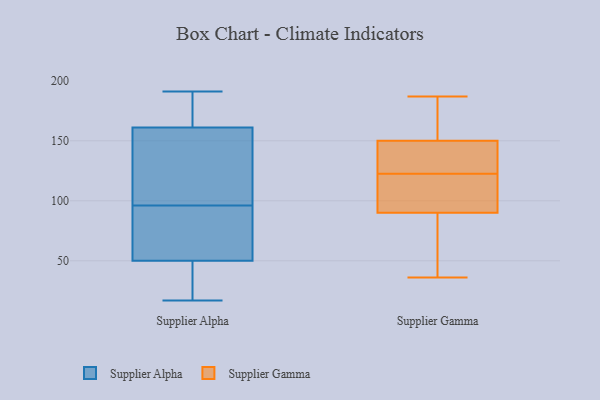
{"axis": {"x": "Shipments", "y": "Value"}, "legend": ["Supplier Alpha", "Supplier Gamma"], "data": [{"x": "", "y": 185, "type": "Supplier Alpha"}, {"x": "", "y": 49, "type": "Supplier Alpha"}, {"x": "", "y": 18, "type": "Supplier Alpha"}, {"x": "", "y": 155, "type": "Supplier Alpha"}, {"x": "", "y": 51, "type": "Supplier Alpha"}, {"x": "", "y": 69, "type": "Supplier Alpha"}, {"x": "", "y": 68, "type": "Supplier Alpha"}, {"x": "", "y": 75, "type": "Supplier Alpha"}, {"x": "", "y": 175, "type": "Supplier Alpha"}, {"x": "", "y": 167, "type": "Supplier Alpha"}, {"x": "", "y": 33, "type": "Supplier Alpha"}, {"x": "", "y": 92, "type": "Supplier Alpha"}, {"x": "", "y": 37, "type": "Supplier Alpha"}, {"x": "", "y": 100, "type": "Supplier Alpha"}, {"x": "", "y": 17, "type": "Supplier Alpha"}, {"x": "", "y": 191, "type": "Supplier Alpha"}, {"x": "", "y": 132, "type": "Supplier Alpha"}, {"x": "", "y": 173, "type": "Supplier Alpha"}, {"x": "", "y": 137, "type": "Supplier Alpha"}, {"x": "", "y": 144, "type": "Supplier Alpha"}, {"x": "", "y": 90, "type": "Supplier Gamma"}, {"x": "", "y": 146, "type": "Supplier Gamma"}, {"x": "", "y": 143, "type": "Supplier Gamma"}, {"x": "", "y": 80, "type": "Supplier Gamma"}, {"x": "", "y": 150, "type": "Supplier Gamma"}, {"x": "", "y": 174, "type": "Supplier Gamma"}, {"x": "", "y": 96, "type": "Supplier Gamma"}, {"x": "", "y": 187, "type": "Supplier Gamma"}, {"x": "", "y": 102, "type": "Supplier Gamma"}, {"x": "", "y": 36, "type": "Supplier Gamma"}]}